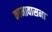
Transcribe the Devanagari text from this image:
कामावासना